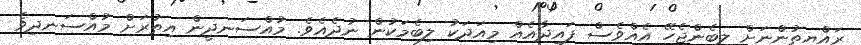
ރައްޔިތުންނަށް ލިބެންޖެހޭ އެއްވެސް ފައިދާއެއް މިއަދަކު ލިބެމަކުން ނުދެއެވެ. މުއްސަނދީން އިތުރަށް މުއްސަނދިވެ